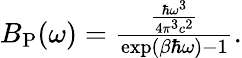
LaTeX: \begin{array}{r}{B_{\mathrm{P}}(\omega)=\frac{\frac{\hbar\omega^{3}}{4\pi^{3}c^{2}}}{\exp\left(\beta\hbar\omega\right)-1}.}\end{array}